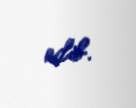
edib.